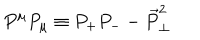
P ^ { \mu } P _ { \mu } \equiv P _ { + } P _ { - } - \vec { P } _ { \perp } ^ { 2 }